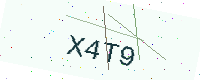
Text: X4T9